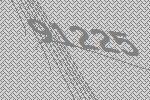
91225